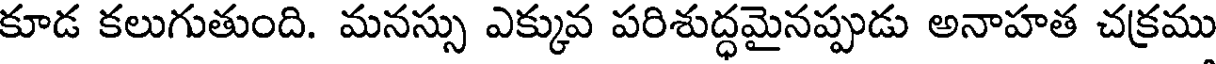
కూడ కలుగుతుంది. మనస్సు ఎక్కువ పరిశుద్ధమైనప్పుడు అనాహత చక్రము